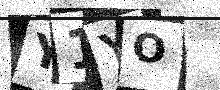
Text: Y1YO